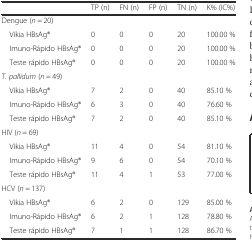
|  | TP (n) | FN (n) | FP (n) | TN (n) | K% (IC%) |
 | --- | --- | --- | --- | --- | --- |
 | <COLSPAN=6> Dengue (n = 20) |
 | Vikia HBsAg® | 0 | 0 | 0 | 20 | 100.00 % |
 | Imuno-Rápido HBsAg® | 0 | 0 | 0 | 20 | 100.00 % |
 | Teste rápido HBsAg® | 0 | 0 | 0 | 20 | 100.00 % |
 | <COLSPAN=6> T. pallidum (n = 49) |
 | Vikia HBsAg® | 7 | 2 | 0 | 40 | 85.10 % |
 | Imuno-Rápido HBsAg® | 6 | 3 | 0 | 40 | 76.60 % |
 | Teste rápido HBsAg® | 7 | 2 | 0 | 40 | 85.10 % |
 | <COLSPAN=6> HIV (n = 69) |
 | Vikia HBsAg® | 11 | 4 | 0 | 54 | 81.10 % |
 | Imuno-Rápido HBsAg® | 9 | 6 | 0 | 54 | 70.10 % |
 | Teste rápido HBsAg® | 11 | 4 | 1 | 53 | 77.00 % |
 | <COLSPAN=6> HCV (n = 137) |
 | Vikia HBsAg® | 6 | 2 | 0 | 129 | 85.00 % |
 | Imuno-Rápido HBsAg® | 6 | 2 | 1 | 128 | 78.80 % |
 | Teste rápido HBsAg® | 7 | 1 | 1 | 128 | 86.70 % |